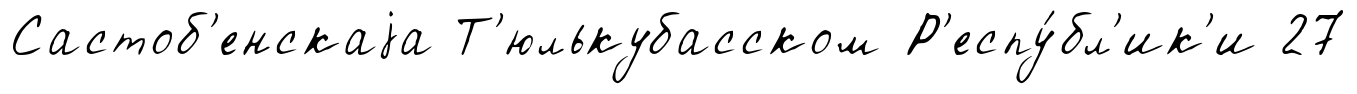
Састоб'енскаjа Т'юлькубасском Р'еспу́бл'ик'и 27